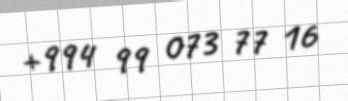
+994 99 073 77 16